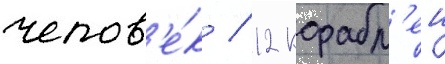
челов'е́к / 12 корабл'еи